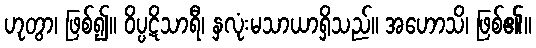
ဟုတွာ၊ ဖြစ်၍။ ဝိပ္ပဋိသာရီ၊ နှလုံးမသာယာရှိသည်။ အဟောသိ၊ ဖြစ်၏။